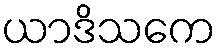
ယာဒိသကေ